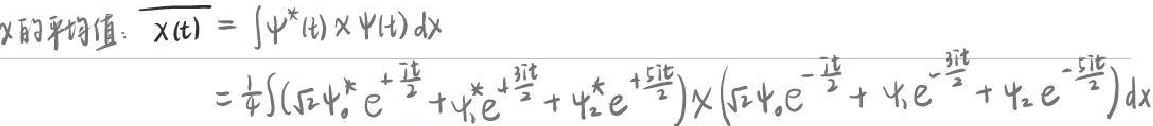
x的平均值：$\overline{x(t)}=\int\psi^*(t)\times\psi(t)dx$
$=\frac{1}{4}\int(\sqrt{2}\psi_0^*e^{+\frac{i1t}{2}}+\psi_1^*e^{+\frac{i3t}{2}}+\psi_2^*e^{+\frac{i5t}{2}})\times(\sqrt{2}\psi_0e^{-\frac{i1t}{2}}+\psi_1e^{-\frac{i3t}{2}}+\psi_2e^{-\frac{i5t}{2}})dx$